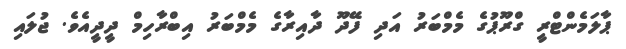
ޕާލަމެންޓްރީ ގްރޫޕުގެ މެމްބަރު އަދި ފޭދޫ ދާއިރާގެ މެމްބަރު އިބްރާހިމް ދީދީއެވެ. ޖުލައި